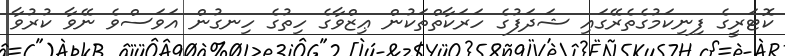
ކޮޓަރީގެ ފިނިކަމުގެތެރޭގައި ޝަދަފުގެ ހަރަކާތްތަކުން ޢިޒްވާގެ ހިތުގެ ހިނގުން އަވަސްވެ ނޭވާ ކުރުވާ